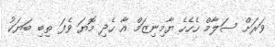
ވަރަށް ސަލާމް ހެހެހެ ޔާމިނިޒަމް އާ ހެދި މޮޔަ ވެފަ ތިބި ބަޔަކު